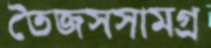
তৈজসসামগ্র